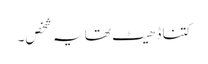
کتنا ڈھیٹ تھا یہ شخص۔